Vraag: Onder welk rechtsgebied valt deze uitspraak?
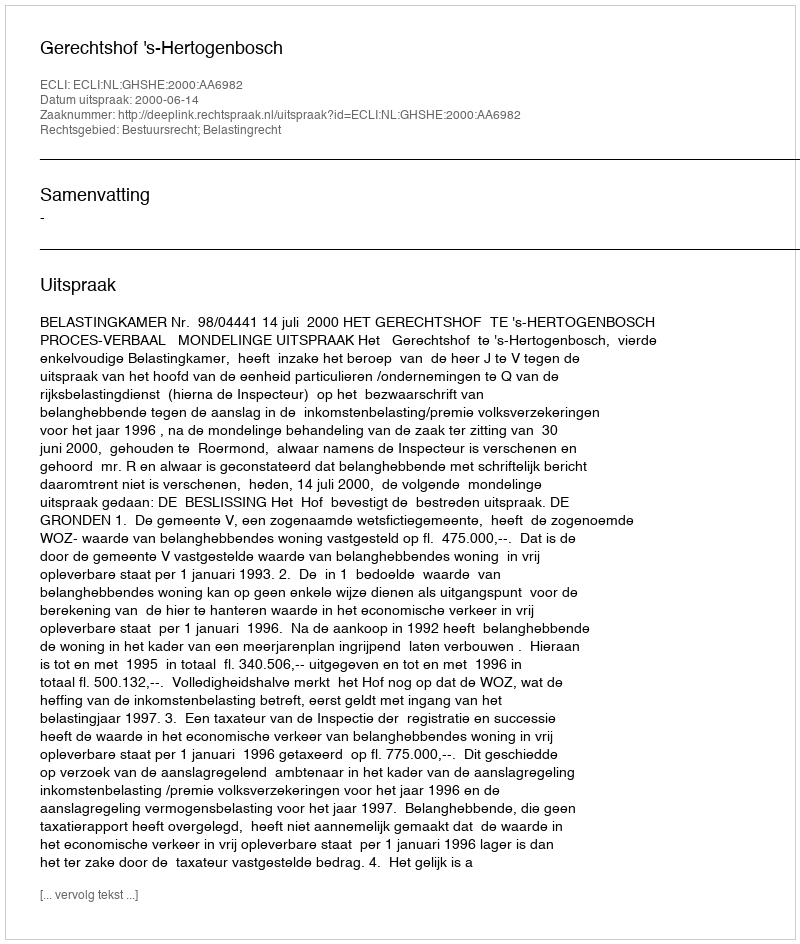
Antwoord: Bestuursrecht; Belastingrecht